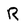
Character: R